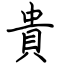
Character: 貴